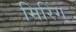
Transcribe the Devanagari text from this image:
मिरिंग